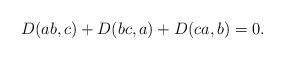
LaTeX: \begin{align*}D(ab, c)+D(bc, a)+D(ca, b)=0.\end{align*}